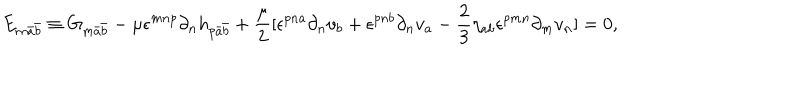
LaTeX: E _ { m \bar { a } \bar { b } } \equiv G _ { m \bar { a } \bar { b } } - \mu \epsilon ^ { m n p } \partial _ { n } h _ { p \bar { a } \bar { b } } + \frac { \mu } { 2 } [ \epsilon ^ { p n a } \partial _ { n } v _ { b } + \epsilon ^ { p n b } \partial _ { n } v _ { a } - \frac { 2 } { 3 } \eta _ { a b } \epsilon ^ { p m n } \partial _ { m } v _ { n } ] = 0 ,